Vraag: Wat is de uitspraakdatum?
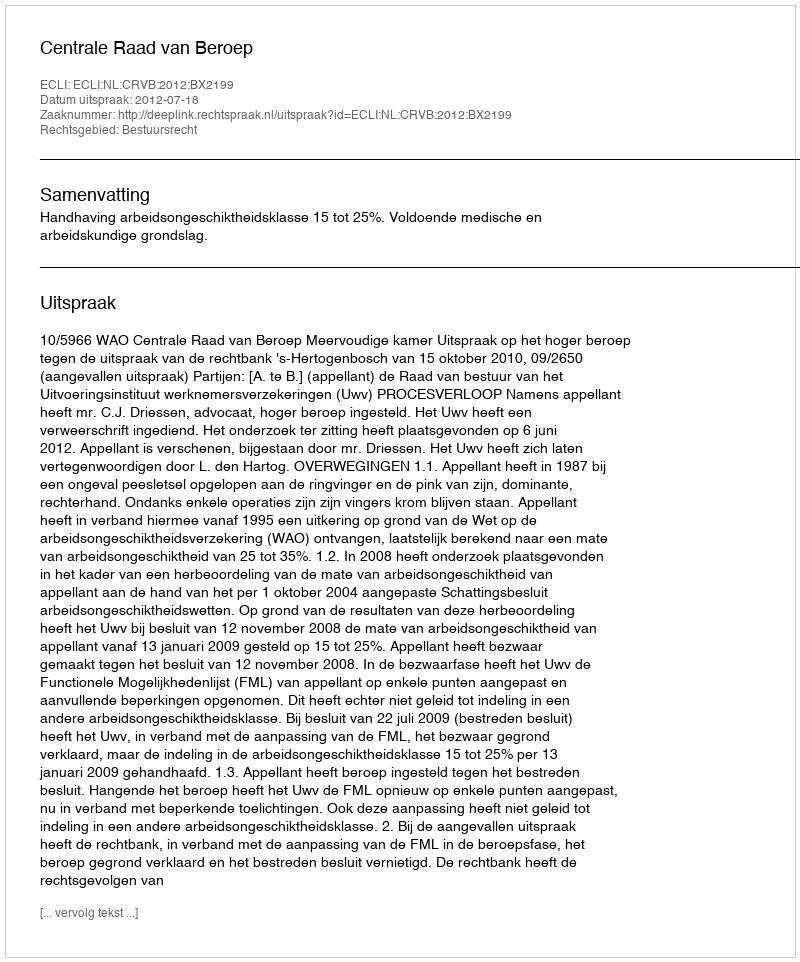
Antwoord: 2012-07-18